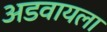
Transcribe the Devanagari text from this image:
अडवायला